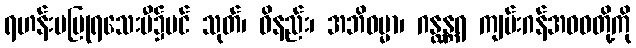
ရဟန်းမပြုရသေးမီ၌ပင် သုတ်၊ ဝိနည်း၊ အဘိဓမ္မာ၊ ဂန္ထန္တရ ကျမ်းဂန်အဝဝတို့ကို